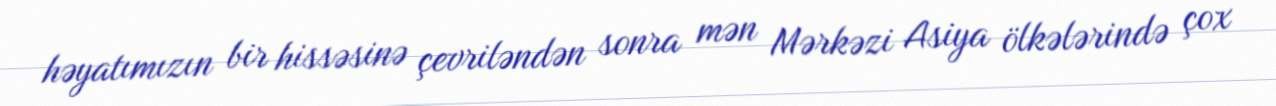
həyatımızın bir hissəsinə çevriləndən sonra mən Mərkəzi Asiya ölkələrində çox